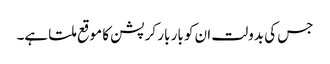
جس کی بدولت ان کو بار بار کرپشن کا موقع ملتا ہے۔